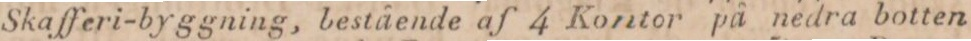
Skafferi-byggning, bestående af 4 Kontor på nedra botten